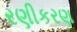
રણીકરણ